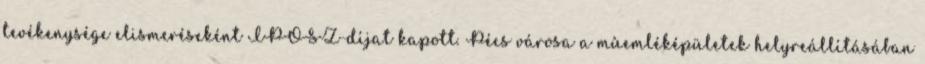
tevékenysége elismeréseként IPOSZ-díjat kapott. Pécs városa a mûemléképületek helyreállításában